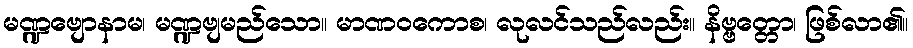
မဏ္ဍဗျောနာမ၊ မဏ္ဍဗျမည်သော။ မာဏဝကောစ၊ လုလင်သည်လည်း။ နိဗ္ဗတ္တော၊ ဖြစ်လာ၏။